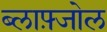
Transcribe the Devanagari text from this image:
ब्लाफ़्जोल